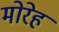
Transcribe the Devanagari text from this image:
मोरेह